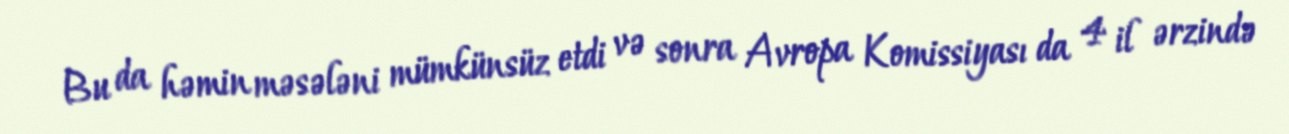
Bu da həmin məsələni mümkünsüz etdi və sonra Avropa Komissiyası da 4 il ərzində